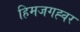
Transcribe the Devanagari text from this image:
हिमजगह्वर